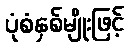
ပုံစံနှစ်မျိုးဖြင့်